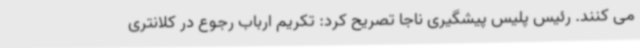
می کنند. رئیس پلیس پیشگیری ناجا تصریح کرد: تکریم ارباب رجوع در کلانتری